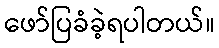
ဖော်ပြခံခဲ့ရပါတယ်။